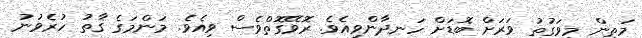
މަތިން މިވަގުތު ވަރަށް ބޮޑަށް ހަނދާންވިއެވެ. ރޮވޭގޮތްވެސް ވިއެވެ. މަންމަގެ ގާތު ހުރެވުނު